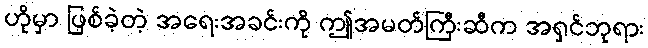
ဟိုမှာ ဖြစ်ခဲ့တဲ့ အရေးအခင်းကို ဤအမတ်ကြီးဆီက အရှင်ဘုရား